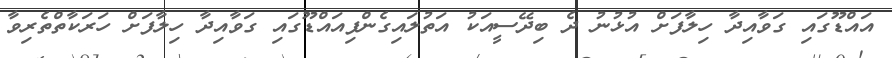
އައްޑޫގައި ގަވާއިދާ ހިލާފަށް އުޅުނު ދެ ބިދޭސީއަކު އަތުލައިގެންފިއައްޑޫގައި ގަވާއިދާ ހިލާފަށް ހަރަކާތްތެރިވާ